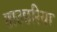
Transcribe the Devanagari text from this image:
छाउछरिया